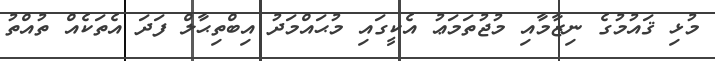
މުޅި ޤައުމުގެ ނިޒާމާއި މުޖުތަމަޢު އެކީގައި މުޙައްމަދު އިބްތިޙާލް ފަދަ އެތަކެއް ތުއްތު